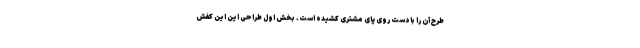
طرح آن را با دست روی پای مشتری کشیده است. بخش اول طراحی این این کفش